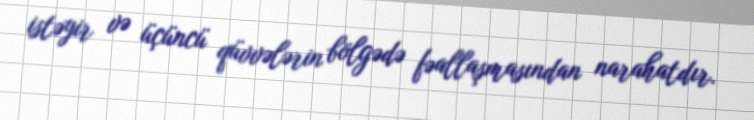
istəyir və üçüncü qüvvələrin bölgədə fəallaşmasından narahatdır.